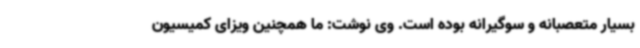
بسیار متعصبانه و سوگیرانه بوده است. وی نوشت: ما همچنین ویزای کمیسیون